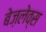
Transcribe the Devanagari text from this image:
बेज़लेव्स